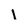
Character: I